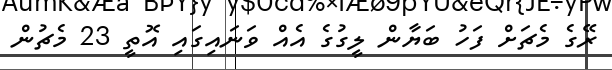
ރޭގެ މެޗަށް ފަހު ބަޔާން ލީގުގެ އެއް ވަނައިގައި އޮތީ 23 މެޗުން